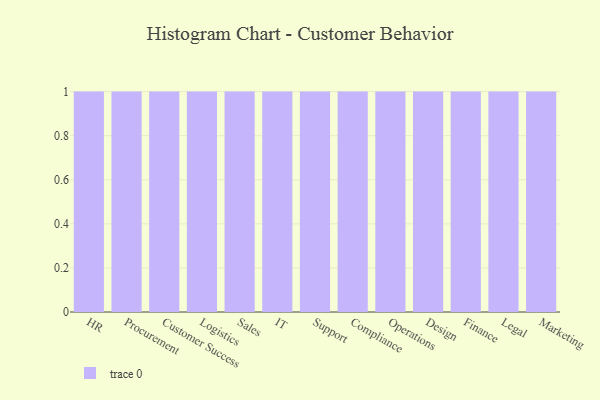
{"axis": {"x": "Department", "y": "Churn Rate (%)"}, "legend": [""], "data": [{"x": "HR", "y": 1, "type": ""}, {"x": "Procurement", "y": 80, "type": ""}, {"x": "Customer Success", "y": 17, "type": ""}, {"x": "Logistics", "y": 92, "type": ""}, {"x": "Sales", "y": 43, "type": ""}, {"x": "IT", "y": 85, "type": ""}, {"x": "Support", "y": 8, "type": ""}, {"x": "Compliance", "y": 46, "type": ""}, {"x": "Operations", "y": 22, "type": ""}, {"x": "Design", "y": 65, "type": ""}, {"x": "Finance", "y": 78, "type": ""}, {"x": "Legal", "y": 47, "type": ""}, {"x": "Marketing", "y": 76, "type": ""}]}